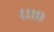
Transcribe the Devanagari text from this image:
४११९